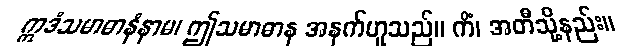
ဣဒံသမာဓာနံနာမ၊ ဤသမာဓာန အနက်ဟူသည်။ ကိံ၊ အတီသို့နည်း။